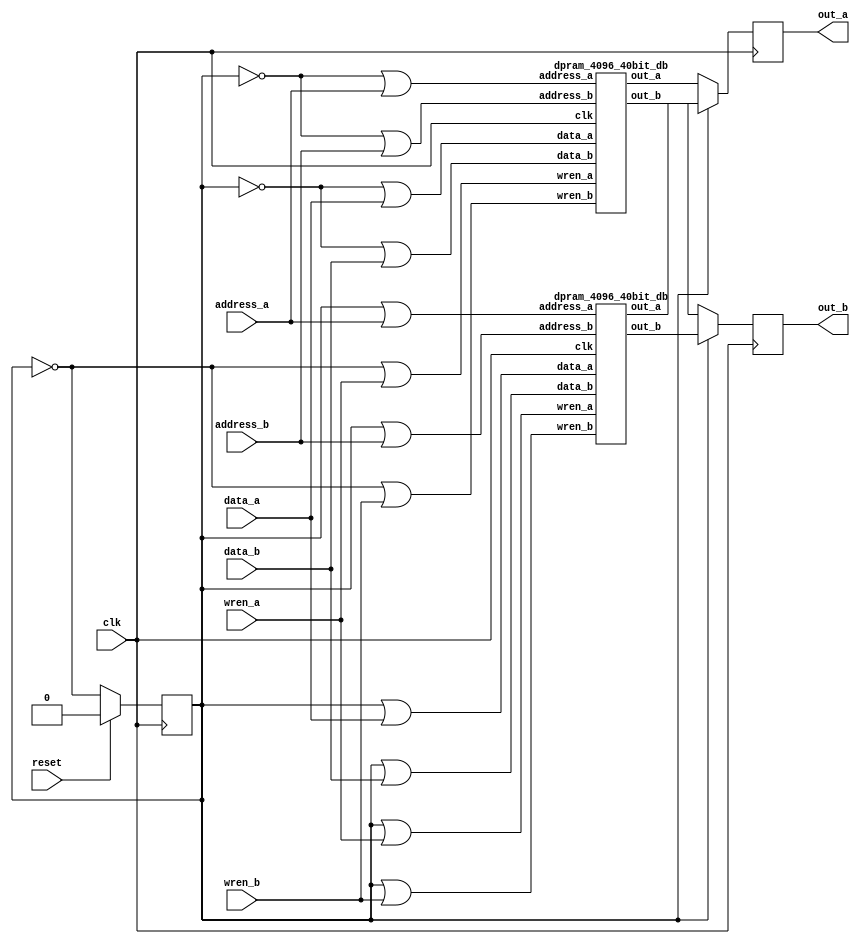
module dbram_4096_40bit (
    clk,
    address_a,
    address_b,
    wren_a,
    wren_b,
    data_a,
    data_b,
    out_a,
    out_b,reset
); 

parameter AWIDTH=12;
parameter NUM_WORDS=4096;
parameter DWIDTH=40;
input clk, reset;
input [(AWIDTH-1):0] address_a;
input [(AWIDTH-1):0] address_b;
input  wren_a;
input  wren_b;
input [(DWIDTH-1):0] data_a;
input [(DWIDTH-1):0] data_b;
output reg [(DWIDTH-1):0] out_a;
output reg [(DWIDTH-1):0] out_b;

reg count; 

always@(posedge clk) begin 

if (reset) begin 
	count <= 1'b0; 
end
else begin 
	count <= ~count; 
end

end

wire [(AWIDTH-1):0] address_a1,address_a2;
wire [(AWIDTH-1):0] address_b1,address_b2;
wire  wren_a1,wren_a2;
wire  wren_b1,wren_b2;
wire [(DWIDTH-1):0] data_a1,data_a2;
wire [(DWIDTH-1):0] data_b1,data_b2;
wire [(DWIDTH-1):0] out_a1,out_a2;
wire [(DWIDTH-1):0] out_b1,out_b2;

assign address_a1 = count|address_a; 
assign address_a2 = (~count)|address_a;
assign address_b1 = count|address_b; 
assign address_b2 = (~count)|address_b;
assign wren_a1 = count|wren_a; 
assign wren_a2 = (~count)|wren_a; 
assign wren_b1 = count|wren_b; 
assign wren_b2 = (~count)|wren_b; 
assign data_a1 = count|data_a;
assign data_a2 = (~count)|data_a;
assign data_b1 = count|data_b;
assign data_b2 = (~count)|data_b;
always@(posedge clk) begin
out_a <= count?out_a1:out_a2;
out_b <= count?out_b1:out_b2;
end
dpram_4096_40bit_db inst1(.clk(clk),.address_a(address_a1),.address_b(address_b1),.wren_a(wren_a1),.wren_b(wren_b1),.data_a(data_a1),.data_b(data_b1),.out_a(out_a1),.out_b(out_b1));
dpram_4096_40bit_db inst2(.clk(clk),.address_a(address_a2),.address_b(address_b2),.wren_a(wren_a2),.wren_b(wren_b2),.data_a(data_a2),.data_b(data_b2),.out_a(out_a2),.out_b(out_b2));


endmodule

module dpram_4096_40bit_db (
    clk,
    address_a,
    address_b,
    wren_a,
    wren_b,
    data_a,
    data_b,
    out_a,
    out_b
);
parameter AWIDTH=12;
parameter NUM_WORDS=4096;
parameter DWIDTH=40;
input clk;
input [(AWIDTH-1):0] address_a;
input [(AWIDTH-1):0] address_b;
input  wren_a;
input  wren_b;
input [(DWIDTH-1):0] data_a;
input [(DWIDTH-1):0] data_b;
output reg [(DWIDTH-1):0] out_a;
output reg [(DWIDTH-1):0] out_b;

`ifndef hard_mem

reg [DWIDTH-1:0] ram[NUM_WORDS-1:0];
always @ (posedge clk) begin 
  if (wren_a) begin
      ram[address_a] <= data_a;
  end
  else begin
      out_a <= ram[address_a];
  end
end
  
always @ (posedge clk) begin 
  if (wren_b) begin
      ram[address_b] <= data_b;
  end 
  else begin
      out_b <= ram[address_b];
  end
end

`else

defparam u_dual_port_ram.ADDR_WIDTH = AWIDTH;
defparam u_dual_port_ram.DATA_WIDTH = DWIDTH;

dual_port_ram u_dual_port_ram(
.addr1(address_a),
.we1(wren_a),
.data1(data_a),
.out1(out_a),
.addr2(address_b),
.we2(wren_b),
.data2(data_b),
.out2(out_b),
.clk(clk)
);

`endif
endmodule